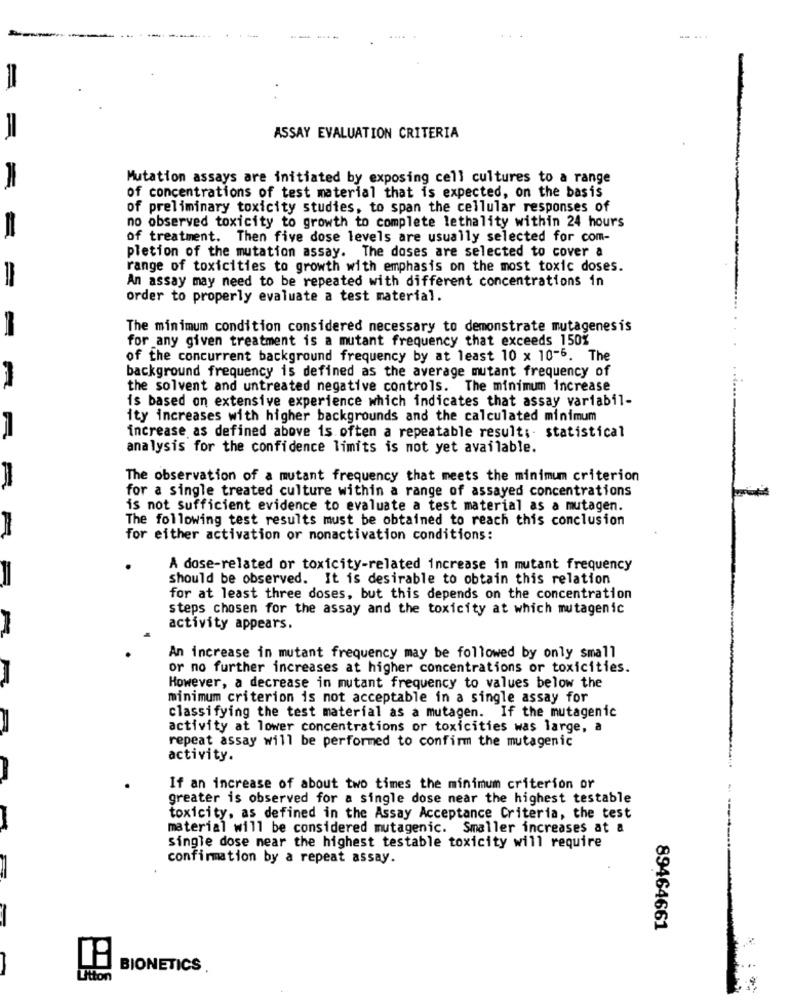
--
--
.....
ASSAY EVALUATION CRITERIA
Mutation assays are initiated by exposing cell cultures to a range
of concentrations of test material that is expected, on the basis
of preliminary toxicity studies, to span the cellular responses of
no observed toxicity to growth to complete lethality within 24 hours
of treatment. Then five dose levels are usually selected for com-
pletion of the mutation assay. The doses are selected to cover a
range of toxicities to growth with emphasis on the most toxic doses.
An assay may need to be repeated with different concentrations in
order to properly evaluate a test material.
= = =
The minimum condition considered necessary to demonstrate mutagenesis
for any given treatment is a mutant frequency that exceeds 150%
of the concurrent background frequency by at least 10 x 10-6. The
background frequency is defined as the average mutant frequency of
the solvent and untreated negative controls. The minimum increase
is based on extensive experience which indicates that assay variabil-
ity increases with higher backgrounds and the calculated minimum
increase as defined above is often a repeatable result ;- statistical
analysis for the confidence limits is not yet available.
The observation of a mutant frequency that meets the minimum criterion
for a single treated culture within a range of assayed concentrations
is not sufficient evidence to evaluate a test material as a mutagen.
The following test results must be obtained to reach this conclusion
for either activation or nonactivation conditions:
A dose-related or toxicity-related increase in mutant frequency
should be observed. It is desirable to obtain this relation
for at least three doses, but this depends on the concentration
steps chosen for the assay and the toxicity at which mutagenic
activity appears.
An increase in mutant frequency may be followed by only small
or no further increases at higher concentrations or toxicities.
However, a decrease in mutant frequency to values below the
minimum criterion is not acceptable in a single assay for
classifying the test material as a mutagen. If the mutagenic
activity at lower concentrations or toxicities was large, a
repeat assay will be performed to confirm the mutagenic
activity.
If an increase of about two times the minimum criterion or
greater is observed for a single dose near the highest testable
toxicity, as defined in the Assay Acceptance Criteria, the test
material will be considered mutagenic. Smaller increases at a
single dose near the highest testable toxicity will require
confirmation by a repeat assay.
89464661
BIONETICS .
Litton